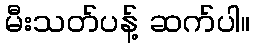
မီးသတ်ပန့် ဆက်ပါ။